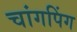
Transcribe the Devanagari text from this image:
चांगपिंग